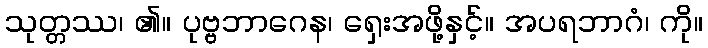
သုတ္တဿ၊ ၏။ ပုဗ္ဗဘာဂေန၊ ရှေးအဖို့နှင့်။ အပရဘာဂံ၊ ကို။